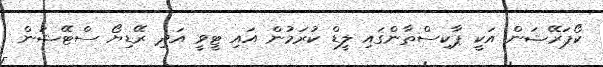
ކޯޕަރޭޝަން އަކީ ޕާކިސްތާންގައި ލީޑް ކުރަމުން އައި ޓީވީ އަދި ރޭޑިޔޯ ސްޓޭޝަން